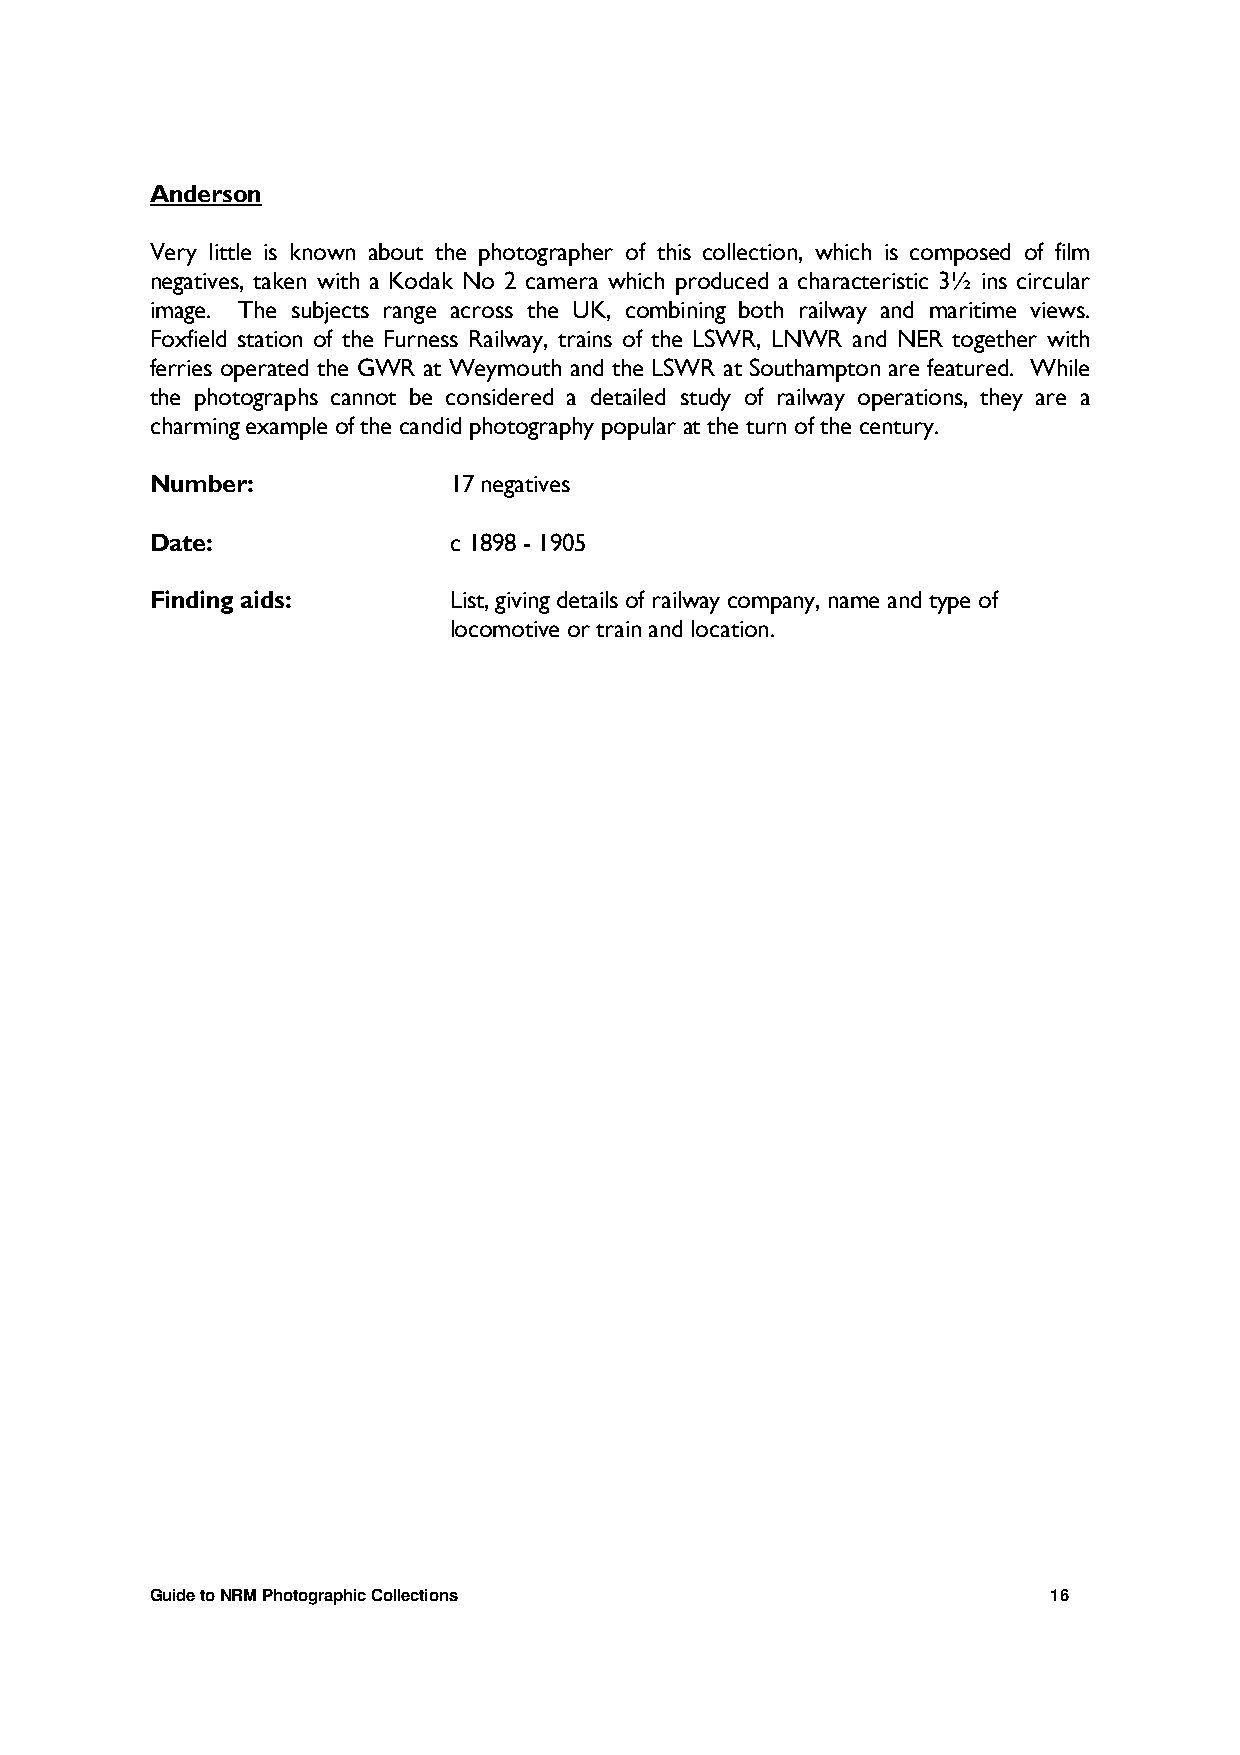
Anderson
 Very little is known about the photographer of this collection, which is composed of film
 negatives, taken with a Kodak No 2 camera which produced a characteristic 3½ ins circular
 image. The subjects range across the UK, combining both railway and maritime views.
 Foxfield station of the Furness Railway, trains of the LSWR, LNWR and NER together with
 ferries operated the GWR at Weymouth and the LSWR at Southampton are featured. While
 the photographs cannot be considered a detailed study of railway operations, they are a
 charming example of the candid photography popular at the turn of the century.
 Number:             17 negatives
 Date:               c 1898 - 1905
 Finding aids:       List, giving details of railway company, name and type of
 locomotive or train and location.
 Guide to NRM Photographic Collections                       16